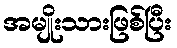
အမျိုးသားဖြစ်ပြီး